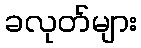
ခလုတ်များ